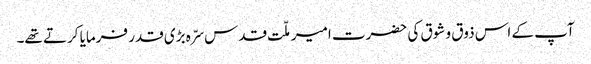
آپ کے اس ذوق و شوق کی حضرت امیر ملّت قدس سرّہ بڑی قدر فرمایا کرتے تھے۔